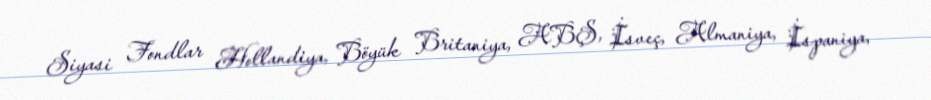
Siyasi Fondlar Hollandiya, Böyük Britaniya, ABŞ, İsveç, Almaniya, İspaniya,